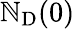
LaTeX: \mathbb{N}_{\mathrm{{D}}}(0)